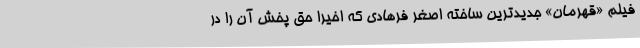
فیلم «قهرمان» جدیدترین ساخته اصغر فرهادی که اخیرا حق پخش آن را در